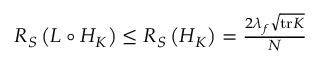
\begin{array} { r } { { \cal { R } _ { { \cal { S } } } } \left( { \cal { L } } \circ { { \cal { H } } _ { K } } \right) \le { \cal { R } _ { { \cal { S } } } } \left( { { \cal { H } } _ { K } } \right) = \frac { 2 \lambda _ { f } \sqrt { \mathrm { t r } K } } { N } } \end{array}